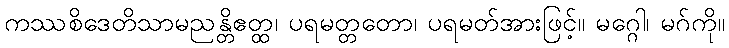
ကဿစိဒေတိသာမညန္တိဧတ္ထ၊ ပရမတ္တတော၊ ပရမတ်အားဖြင့်။ မဂ္ဂေါ၊ မဂ်ကို။